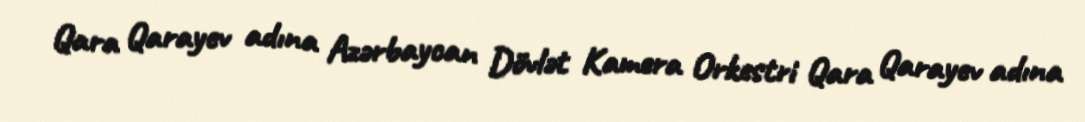
Qara Qarayev adına Azərbaycan Dövlət Kamera Orkestri Qara Qarayev adına